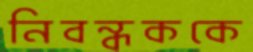
নিবন্ধককে